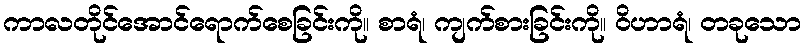
ကာလတိုင်အောင်ရောက်စေခြင်းကို။ စာရံ၊ ကျက်စားခြင်းကို။ ဝိဟာရံ၊ တခုသော